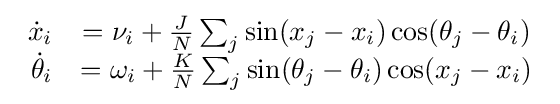
{\begin{array}{rcl}{\dot {x}}_{i}&=\nu _{i}+{\frac {J}{N}}\sum _{j}\sin(x_{j}-x_{i})\cos(\theta _{j}-\theta _{i})\\{\dot {\theta }}_{i}&=\omega _{i}+{\frac {K}{N}}\sum _{j}\sin(\theta _{j}-\theta _{i})\cos(x_{j}-x_{i})\end{array}}